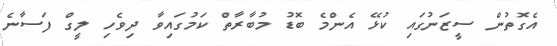
އެގޮތުން ސީޒަނުގައި ކުޅޭ އެންމެ ބޮޑު މުބާރާތް ކަމުގައިވާ ދިވެހި ލީގް ފަސާނެ